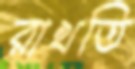
রাখতি